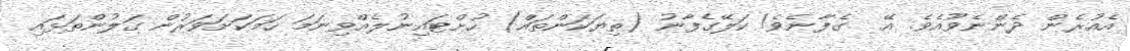
އެއުރެން ދެންނެވޫއެވެ. އޭ  ގެފާނެވެ! ކަލޭގެފާނު (ތިޔަކަންތައް) ހުށްޓައިނުލެއްވިނަމަ ހަމަކަށަވަރުން ގަލުންތަޅައި